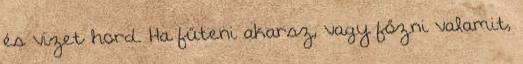
és vizet hord. Ha fűteni akarsz, vagy főzni valamit,